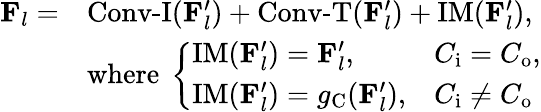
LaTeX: \begin{array}{rl}{\mathbf{F}_{l}=}&{\operatorname{Conv-I}(\mathbf{F}_{l}^{\prime})+\operatorname{Conv-T}(\mathbf{F}_{l}^{\prime})+\operatorname{IM}(\mathbf{F}_{l}^{\prime}),}\\ &{\mathrm{where}\ \left\{ \begin{array}{ll}{\operatorname{IM}(\mathbf{F}_{l}^{\prime})=\mathbf{F}_{l}^{\prime},}&{C_{\mathrm{i}}=C_{\mathrm{o}},}\\ {\operatorname{IM}(\mathbf{F}_{l}^{\prime})=g_{\mathrm{C}}(\mathbf{F}_{l}^{\prime}),}&{C_{\mathrm{i}}\neq C_{\mathrm{o}}}\end{array}\right.}\end{array}